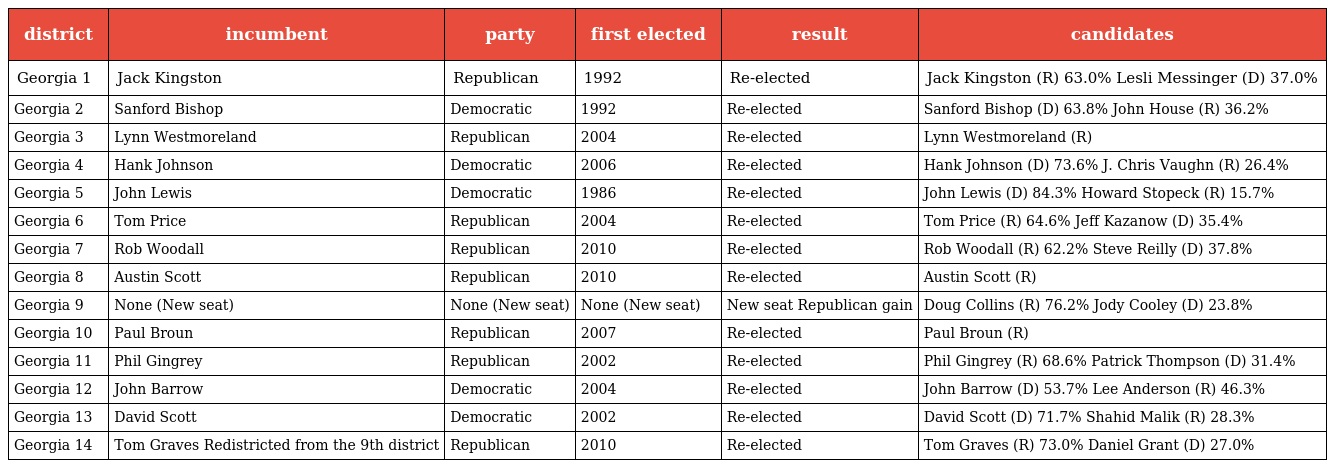
| district | incumbent | party | first elected | result | candidates |
 | --- | --- | --- | --- | --- | --- |
 | Georgia 1 | Jack Kingston | Republican | 1992 | Re-elected | Jack Kingston (R) 63.0% Lesli Messinger (D) 37.0% |
 | Georgia 2 | Sanford Bishop | Democratic | 1992 | Re-elected | Sanford Bishop (D) 63.8% John House (R) 36.2% |
 | Georgia 3 | Lynn Westmoreland | Republican | 2004 | Re-elected | Lynn Westmoreland (R) |
 | Georgia 4 | Hank Johnson | Democratic | 2006 | Re-elected | Hank Johnson (D) 73.6% J. Chris Vaughn (R) 26.4% |
 | Georgia 5 | John Lewis | Democratic | 1986 | Re-elected | John Lewis (D) 84.3% Howard Stopeck (R) 15.7% |
 | Georgia 6 | Tom Price | Republican | 2004 | Re-elected | Tom Price (R) 64.6% Jeff Kazanow (D) 35.4% |
 | Georgia 7 | Rob Woodall | Republican | 2010 | Re-elected | Rob Woodall (R) 62.2% Steve Reilly (D) 37.8% |
 | Georgia 8 | Austin Scott | Republican | 2010 | Re-elected | Austin Scott (R) |
 | Georgia 9 | None (New seat) | None (New seat) | None (New seat) | New seat Republican gain | Doug Collins (R) 76.2% Jody Cooley (D) 23.8% |
 | Georgia 10 | Paul Broun | Republican | 2007 | Re-elected | Paul Broun (R) |
 | Georgia 11 | Phil Gingrey | Republican | 2002 | Re-elected | Phil Gingrey (R) 68.6% Patrick Thompson (D) 31.4% |
 | Georgia 12 | John Barrow | Democratic | 2004 | Re-elected | John Barrow (D) 53.7% Lee Anderson (R) 46.3% |
 | Georgia 13 | David Scott | Democratic | 2002 | Re-elected | David Scott (D) 71.7% Shahid Malik (R) 28.3% |
 | Georgia 14 | Tom Graves Redistricted from the 9th district | Republican | 2010 | Re-elected | Tom Graves (R) 73.0% Daniel Grant (D) 27.0% |